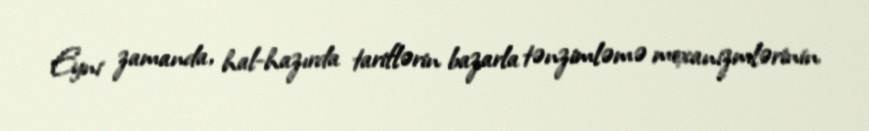
Eyni zamanda, hal-hazırda tariflərin bazarla tənzimləmə mexanizmlərinin